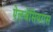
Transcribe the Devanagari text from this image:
ऐलजेसियरास